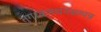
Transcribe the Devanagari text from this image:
तुंगध्वजधनसम्पन्न